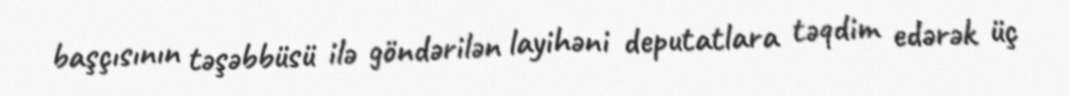
başçısının təşəbbüsü ilə göndərilən layihəni deputatlara təqdim edərək üç